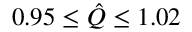
0 . 9 5 \leq \hat { Q } \leq 1 . 0 2